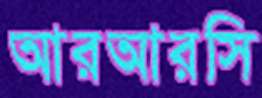
আরআরসি